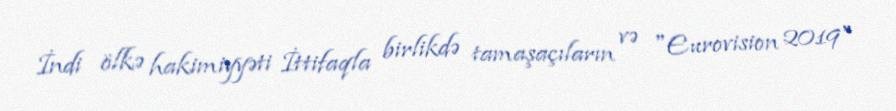
İndi ölkə hakimiyyəti İttifaqla birlikdə tamaşaçıların və "Eurovision 2019"